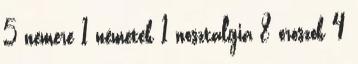
5 nemere 1 németek 1 nosztalgia 8 oroszok 4